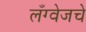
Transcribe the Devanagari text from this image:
लँग्वेजचे